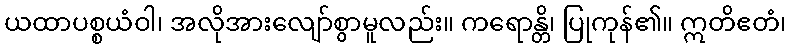
ယထာပစ္စယံဝါ၊ အလိုအားလျော်စွာမူလည်း။ ကရောန္တိ၊ ပြုကုန်၏။ ဣတိဧတံ၊